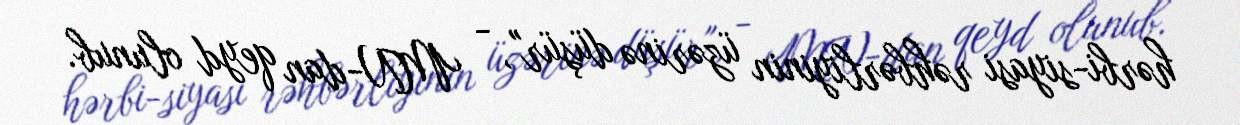
hərbi-siyasi rəhbərliyinin üzərinə düşür", - MN-dan qeyd olunub.